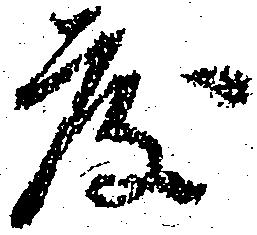
度